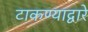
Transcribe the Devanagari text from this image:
टाकण्याद्वारे